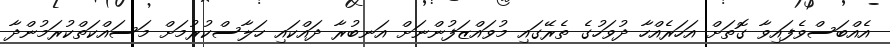
އެއްބަސްވެފައިވާ ގޮތަށް އަހަރެއްހާ ދުވަހުގެ ތެރޭގައި މުވައްޒަފުންނަށް އަނބުރާ ދައްކައި ހަލާސްކުރުމަށް މަސައްކަތްކުރަމުންދާ